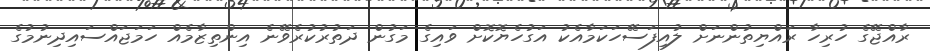
ރާއްޖޭގެ ހުރިހާ ރައްޔިތުންނަށް ލުއިފަސޭހަކަމާއެކު އަގުހެޔޮކޮށް ވައިގެ މަގުން ދަތުރުކުރެވޭނެ އިންތިޒާމެއް ހަމަޖައްސައިދިނުމުގެ